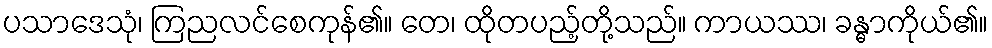
ပသာဒေသုံ၊ ကြညလင်စေကုန်၏။ တေ၊ ထိုတပည့်တို့သည်။ ကာယဿ၊ ခန္ဓာကိုယ်၏။